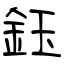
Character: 鈺